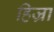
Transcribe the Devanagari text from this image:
हिज्रा